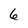
Character: 6